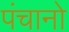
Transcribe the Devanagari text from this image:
पंचानो